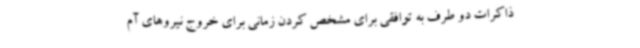
ذاکرات دو طرف به توافقی برای مشخص کردن زمانی برای خروج نیروهای آم